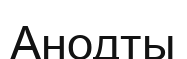
Анодты